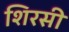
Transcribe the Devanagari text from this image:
शिरसी